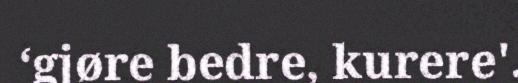
‘gjøre bedre, kurere'.